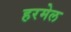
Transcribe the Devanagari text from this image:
हरमेल